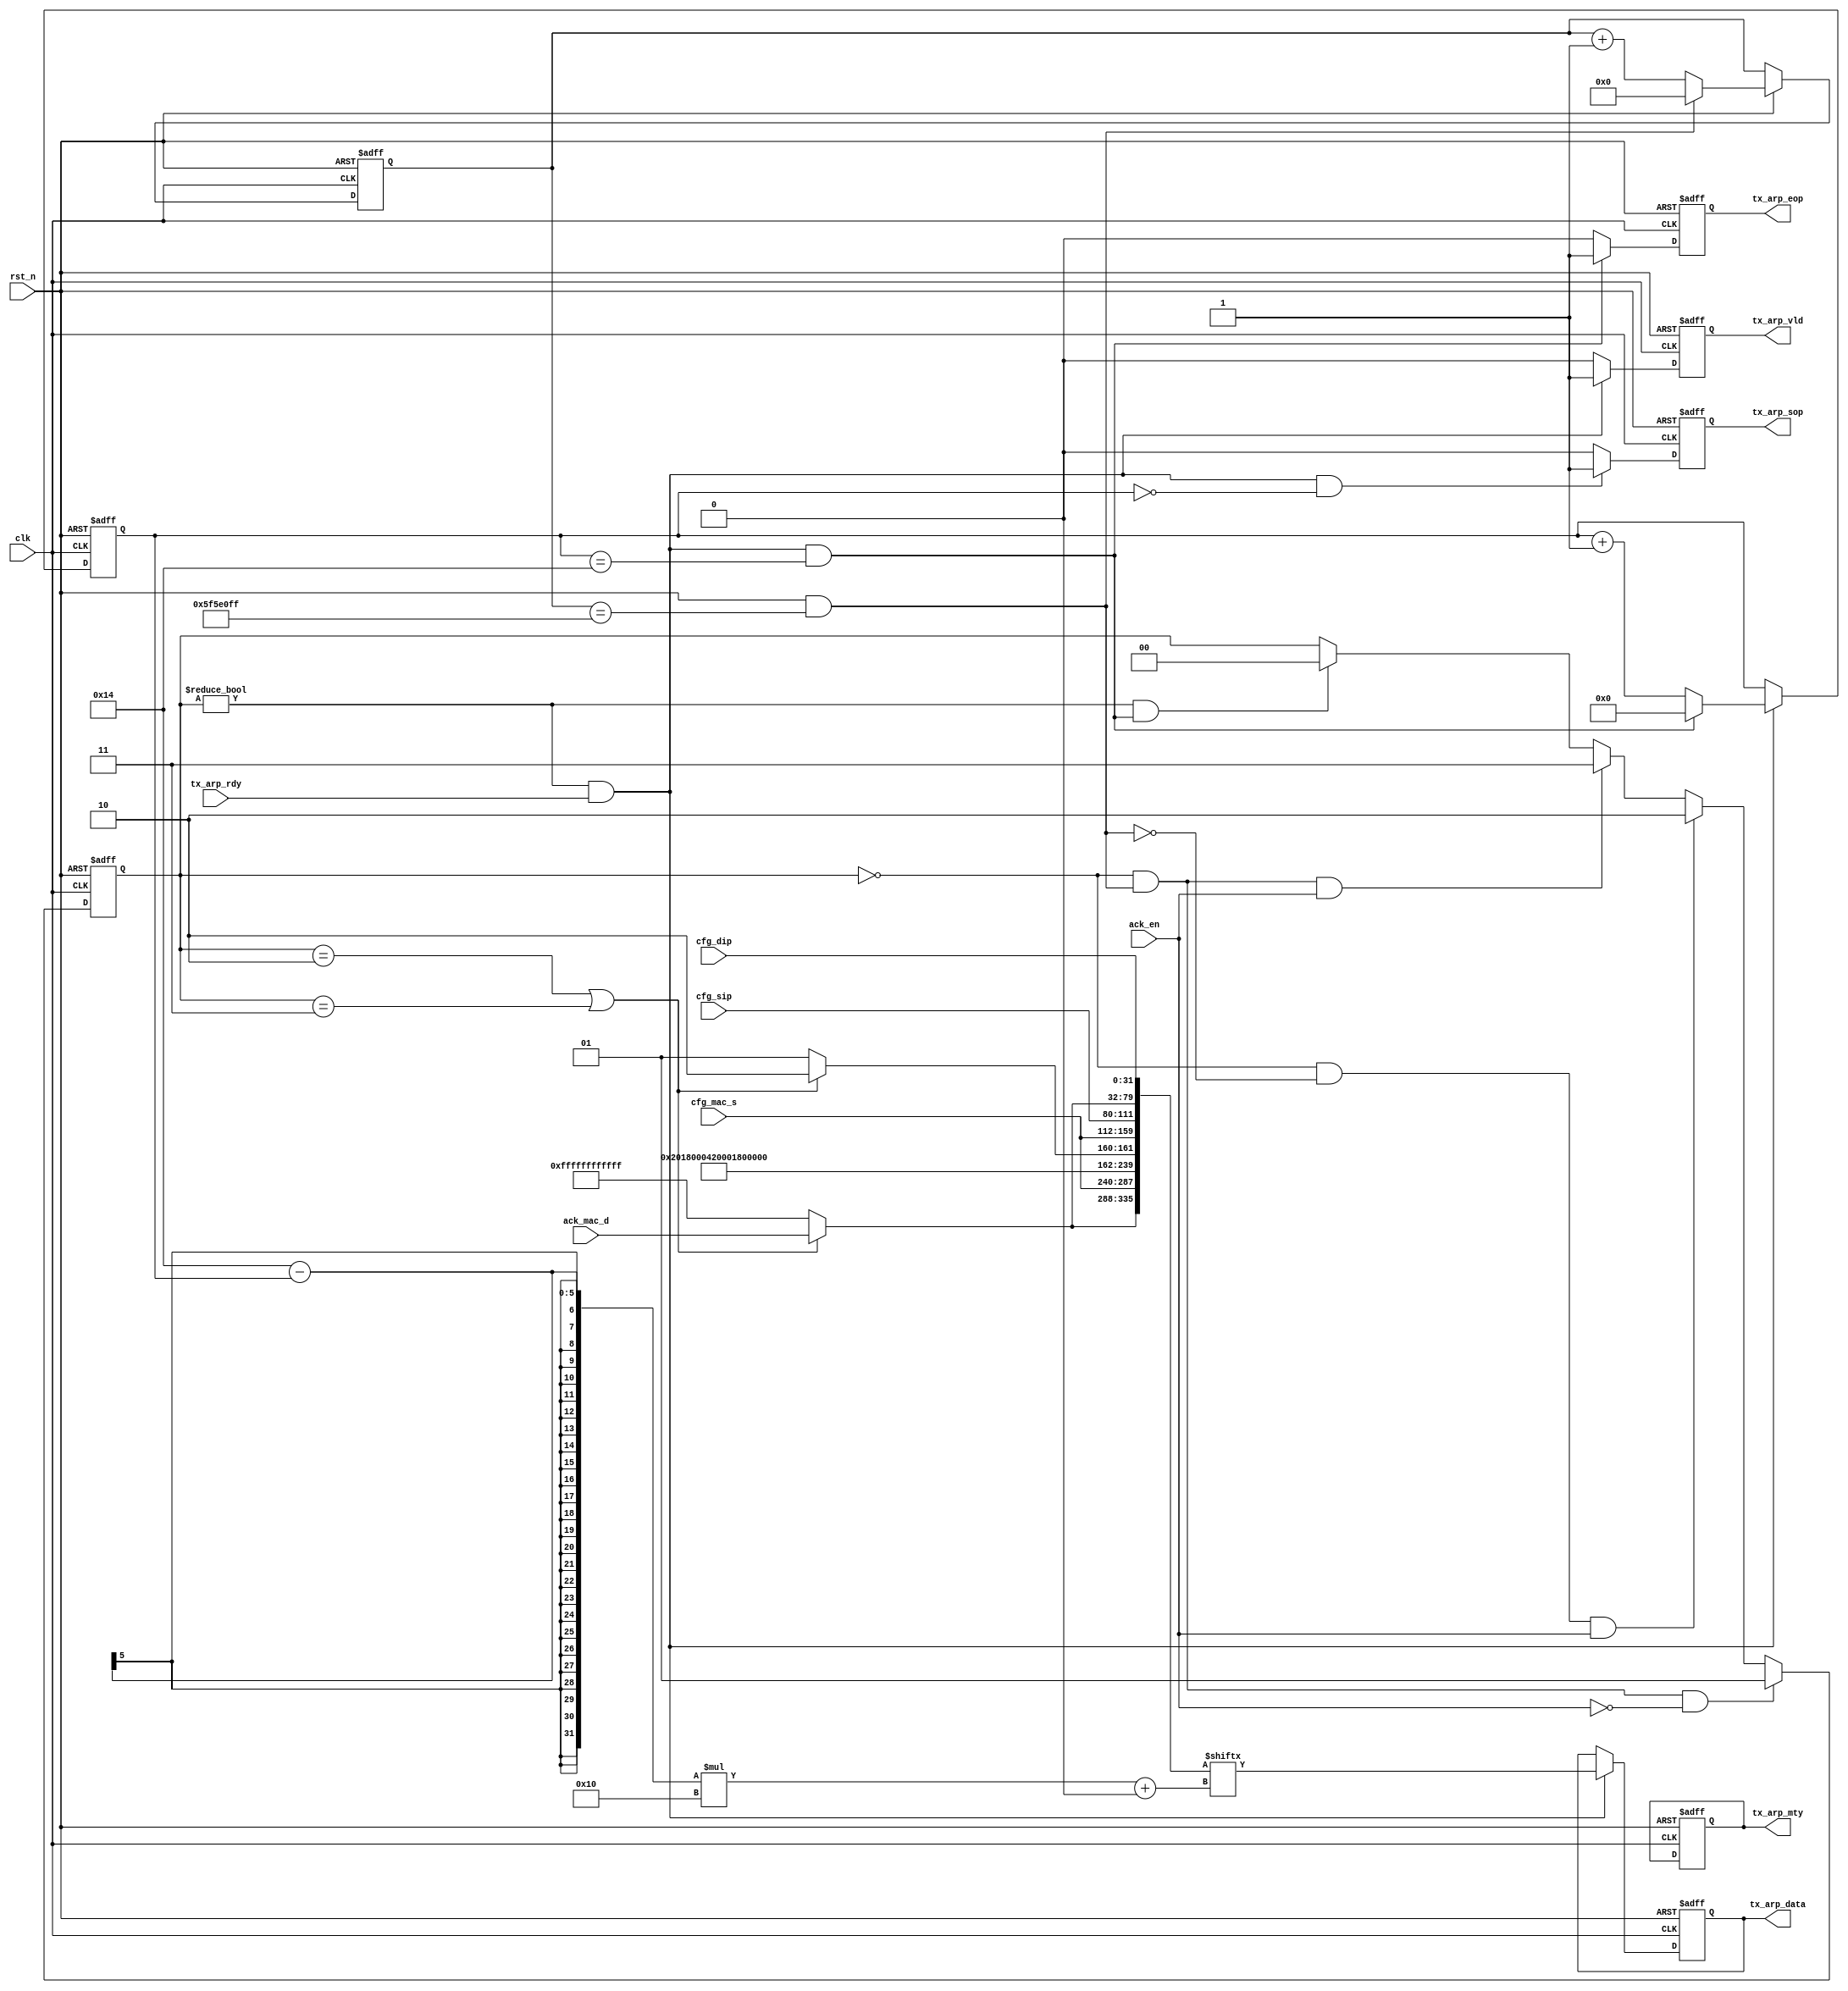
module tx_arp(
    clk           ,
    rst_n         ,

    ack_en        ,
    ack_mac_d     ,

    cfg_mac_s     ,
    cfg_sip       ,
    cfg_dip       ,

    tx_arp_data   ,
    tx_arp_vld    ,
    tx_arp_sop    ,
    tx_arp_eop    ,
    tx_arp_rdy    ,
    tx_arp_mty    
    );

  
  parameter     SECOND_CNT    = 100000000;
  parameter     DATA_W        = 16      ;
  parameter     MAC_ADDR_W    = 48      ;
  parameter     IP_ADDR_W     = 32      ;
  
  input                    clk      ;
  input                    rst_n    ;

  input  [MAC_ADDR_W-1:0]  cfg_mac_s;
  input  [MAC_ADDR_W-1:0]  ack_mac_d;
  input  [IP_ADDR_W-1:0]   cfg_sip  ;
  input  [IP_ADDR_W-1:0]   cfg_dip  ;
  input                    ack_en   ;
  
  output [DATA_W-1:0]      tx_arp_data;
  output                   tx_arp_vld ;
  output                   tx_arp_sop ;
  output                   tx_arp_eop ;
  input                    tx_arp_rdy ;
  output                   tx_arp_mty ;

  reg    [DATA_W-1:0]      tx_arp_data;
  reg                      tx_arp_vld ;
  reg                      tx_arp_sop ;
  reg                      tx_arp_eop ;
  reg                      tx_arp_mty;


reg     [31:0]          cnt_sec;
wire                    add_cnt_sec;
wire                    end_cnt_sec;

reg     [47:0]          arp_mac_d;
reg     [15:0]          arp_op;

reg     [4:0]           cnt_out;
wire                    add_cnt_out;
wire                    end_cnt_out;

reg     [1:0]           state_flag;

wire    [(42*8-1):0]    arp_pack;

always @(posedge clk or negedge rst_n)begin
    if(!rst_n)begin
        cnt_sec <= 0;
    end
    else if(add_cnt_sec)begin
        if(end_cnt_sec)
            cnt_sec <= 0;
        else
            cnt_sec <= cnt_sec + 1;
    end
end

assign add_cnt_sec = (rst_n == 1'b1);       
assign end_cnt_sec = add_cnt_sec && cnt_sec== (SECOND_CNT - 1);    

always  @(posedge clk or negedge rst_n)begin
    if(rst_n==1'b0)begin
        state_flag <= 2'd0;
    end
    else if(state_flag == 2'd0 && end_cnt_sec == 1'b1 && ack_en == 1'b0)begin
        state_flag <= 2'd1;
    end
    else if(state_flag == 2'd0 && end_cnt_sec == 1'b0 && ack_en == 1'b1)begin
        state_flag <= 2'd2;
    end
    else if(state_flag == 2'd0 && end_cnt_sec == 1'b1 && ack_en == 1'b1) begin
        state_flag <= 2'd3;
    end
    else if(state_flag != 2'd0 && end_cnt_out) begin
        state_flag <= 2'd0;
    end
end


assign arp_pack = {
    arp_mac_d, cfg_mac_s, 16'h0806, 
    16'h0001, 16'h0800, 8'h06, 8'h04,arp_op, cfg_mac_s, cfg_sip, arp_mac_d, cfg_dip
};

always  @(posedge clk or negedge rst_n)begin
    if(rst_n==1'b0)begin
        tx_arp_data <= 16'd0;
    end
    else if(add_cnt_out)begin
        tx_arp_data <= arp_pack[((20 - cnt_out)*16) +: 16];
    end
end

always  @(*)begin
    if(state_flag == 2'd2 || state_flag == 2'd3) begin
        // 
        arp_mac_d <= ack_mac_d;
        arp_op <= 16'd2;
    end
    else begin
        // 
        arp_mac_d <= 48'hFFFFFFFFFFFF;
        arp_op <= 16'd1;
    end
end

always @(posedge clk or negedge rst_n)begin
    if(!rst_n)begin
        cnt_out <= 0;
    end
    else if(add_cnt_out)begin
        if(end_cnt_out)
            cnt_out <= 0;
        else
            cnt_out <= cnt_out + 1;
    end
end

assign add_cnt_out = (state_flag != 2'd0 && tx_arp_rdy == 1'b1);       
assign end_cnt_out = add_cnt_out && cnt_out== (21 - 1);   

always  @(posedge clk or negedge rst_n)begin
    if(rst_n==1'b0)begin
        tx_arp_vld <= 1'b0;
    end
    else if(add_cnt_out)begin
        tx_arp_vld <= 1'b1;
    end
    else begin
        tx_arp_vld <= 1'b0;
    end
end

always  @(posedge clk or negedge rst_n)begin
    if(rst_n==1'b0)begin
        tx_arp_sop <= 1'b0;
    end
    else if(add_cnt_out && cnt_out == (1 - 1))begin
        tx_arp_sop <= 1'b1;
    end
    else begin
        tx_arp_sop <= 1'b0;
    end
end

always  @(posedge clk or negedge rst_n)begin
    if(rst_n==1'b0)begin
        tx_arp_eop <= 1'b0;
    end
    else if(end_cnt_out)begin
        tx_arp_eop <= 1'b1;
    end
    else begin
        tx_arp_eop <= 1'b0;
    end
end

always  @(posedge clk or negedge rst_n)begin
    if(rst_n==1'b0)begin
        tx_arp_mty <= 1'b0;
    end
end

endmodule